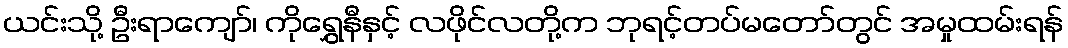
ယင်းသို့ ဦးရာကျော်၊ ကိုရွှေနီနှင့် လဖိုင်လတို့က ဘုရင့်တပ်မတော်တွင် အမှုထမ်းရန်